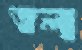
তল